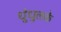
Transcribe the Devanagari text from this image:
धुंधुलके